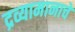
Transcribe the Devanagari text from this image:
द्रव्यामानाचे